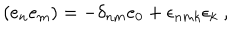
LaTeX: ( e _ { n } e _ { m } ) = - \delta _ { n m } e _ { 0 } + \epsilon _ { n m k } \epsilon _ { k } ~ ,